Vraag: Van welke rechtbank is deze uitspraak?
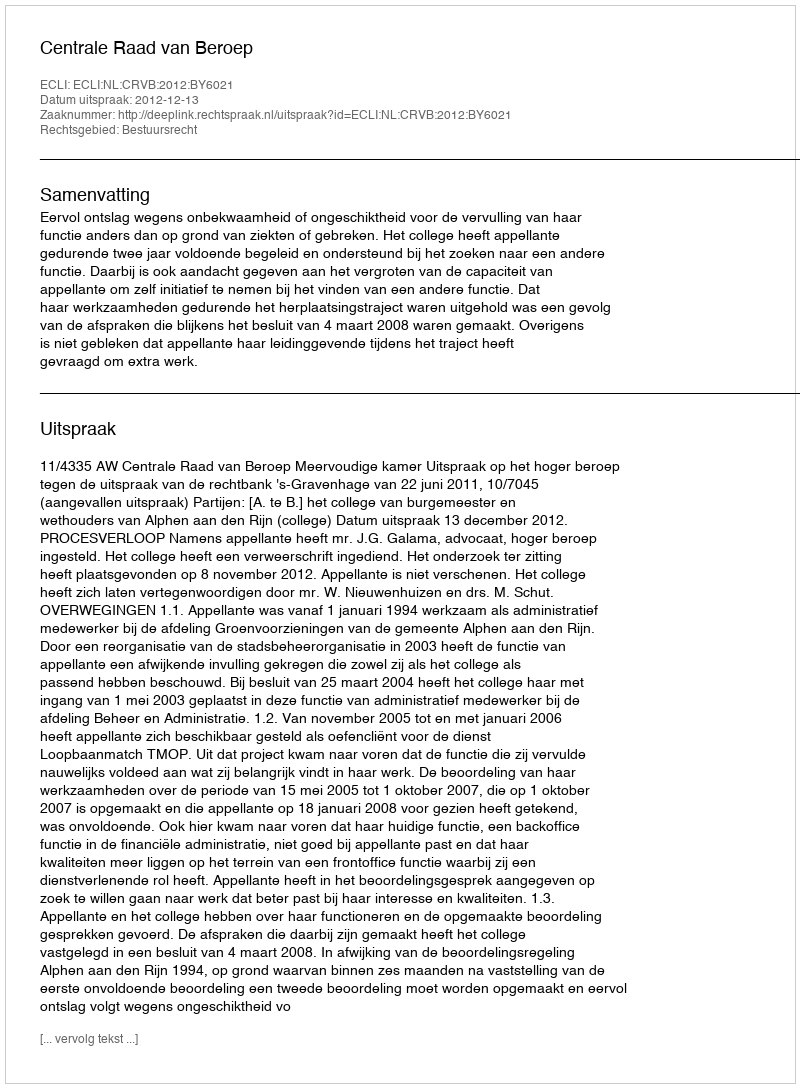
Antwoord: Centrale Raad van Beroep